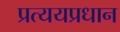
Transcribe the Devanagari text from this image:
प्रत्ययप्रधान